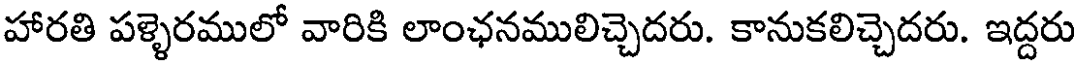
హారతి పళ్ళెరములో వారికి లాంఛనములిచ్చెదరు. కానుకలిచ్చెదరు. ఇద్దరు